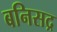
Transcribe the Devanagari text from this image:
बनिसद्र